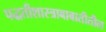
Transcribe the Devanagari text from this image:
पद्धतीशास्त्राबाबातीतील